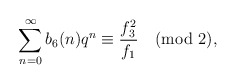
\begin{align*}\sum_{n=0}^{\infty}b_6(n)q^{n}\equiv \frac{f^{2}_{3}}{f_{1}}\pmod{2},\end{align*}